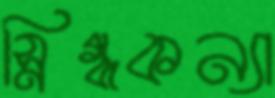
স্নিগ্ধকন্যা